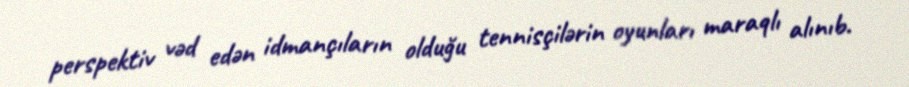
perspektiv vəd edən idmançıların olduğu tennisçilərin oyunları maraqlı alınıb.